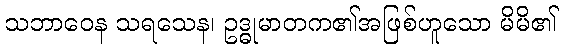
သဘာဝေန သရသေန၊ ဥဒ္ဓုမာတက၏အဖြစ်ဟူသော မိမိ၏